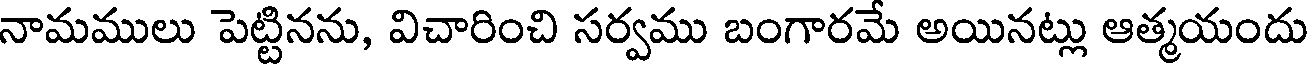
నామములు పెట్టినను, విచారించి సర్వము బంగారమే అయినట్లు ఆత్మయందు